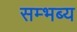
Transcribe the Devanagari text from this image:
सम्भब्य